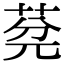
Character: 𦯲